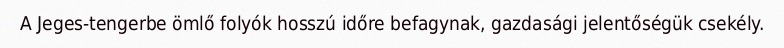
A Jeges-tengerbe ömlő folyók hosszú időre befagynak, gazdasági jelentőségük csekély.